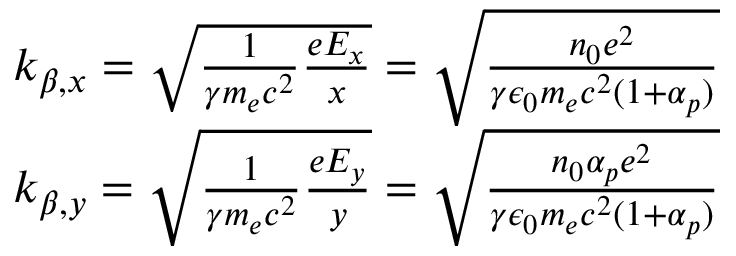
\begin{array} { r } { k _ { \beta , x } = \sqrt { \frac { 1 } { \gamma m _ { e } c ^ { 2 } } \frac { e E _ { x } } { x } } = \sqrt { \frac { n _ { 0 } e ^ { 2 } } { \gamma \epsilon _ { 0 } m _ { e } c ^ { 2 } ( 1 + \alpha _ { p } ) } } } \\ { k _ { \beta , y } = \sqrt { \frac { 1 } { \gamma m _ { e } c ^ { 2 } } \frac { e E _ { y } } { y } } = \sqrt { \frac { n _ { 0 } \alpha _ { p } e ^ { 2 } } { \gamma \epsilon _ { 0 } m _ { e } c ^ { 2 } ( 1 + \alpha _ { p } ) } } } \end{array}